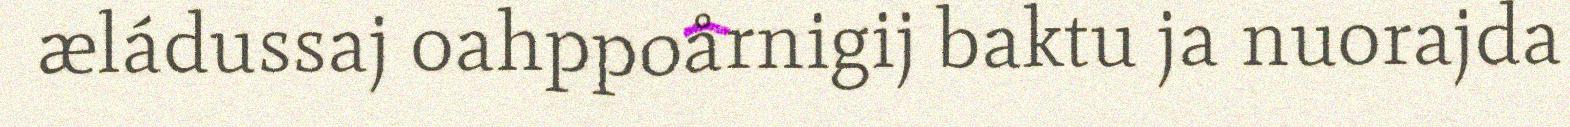
æládussaj oahppoårnigij baktu ja nuorajda